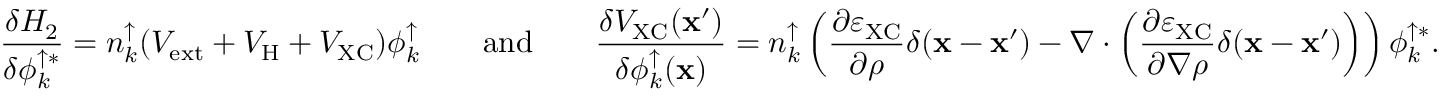
\frac { \delta H _ { 2 } } { \delta \phi _ { k } ^ { \uparrow * } } = n _ { k } ^ { \uparrow } ( { \cal V } _ { \mathrm { e x t } } + { \cal V } _ { \mathrm { H } } + { \cal V } _ { \mathrm { X C } } ) \phi _ { k } ^ { \uparrow } \quad \quad \mathrm { a n d } \quad \quad \frac { \delta { \cal V } _ { \mathrm { X C } } ( { \bf x } ^ { \prime } ) } { \delta \phi _ { k } ^ { \uparrow } ( { \bf x } ) } = n _ { k } ^ { \uparrow } \left( \frac { \partial \varepsilon _ { \mathrm { X C } } } { \partial \rho } \delta ( { \bf x } - { \bf x } ^ { \prime } ) - \nabla \cdot \left( \frac { \partial \varepsilon _ { \mathrm { X C } } } { \partial \nabla \rho } \delta ( { \bf x } - { \bf x } ^ { \prime } ) \right) \right) \phi _ { k } ^ { \uparrow * } .